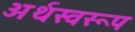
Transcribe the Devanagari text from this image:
अर्थस्वरूप